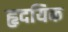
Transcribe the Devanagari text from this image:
हृदयिक